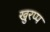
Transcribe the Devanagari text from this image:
खुरप्प